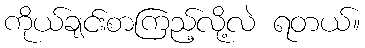
ကိုယ်ချင်းစာကြည့်လို့လဲ ရတယ်။